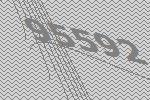
95592